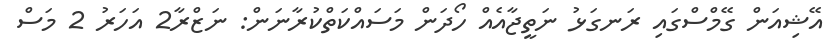
އޭޝިއަން ގޭމްސްގައި ރަނގަޅު ނަތީޖާއެއް ހޯދަން މަސައްކަތްކުރާނަން: ނަޒްރާ2 އަހަރު 2 މަސް